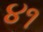
૪૧